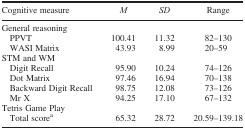
| Cognitive measure | M | SD | Range |
 | --- | --- | --- | --- |
 | General reasoning |  |  |  |
 | PPVT | 100.41 | 11.32 | 82–130 |
 | WASI Matrix | 43.93 | 8.99 | 20–59 |
 | STM and WM |  |  |  |
 | Digit Recall | 95.90 | 10.24 | 74–126 |
 | Dot Matrix | 97.46 | 16.94 | 70–138 |
 | Backward Digit Recall | 98.75 | 12.08 | 73–126 |
 | Mr X | 94.25 | 17.10 | 67–132 |
 | Tetris Game Play |  |  |  |
 | Total scorea | 65.32 | 28.72 | 20.59–139.18 |